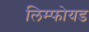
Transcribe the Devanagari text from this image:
लिम्फोयड